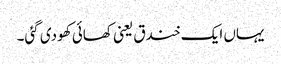
یہاں ایک خندق یعنی کھائی کھودی گئی۔